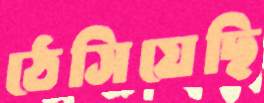
ঠেসিয়েছি